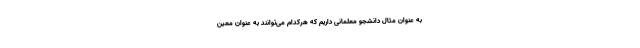
به عنوان مثال دانشجو معلمانی داریم که هرکدام می‌توانند به عنوان معین